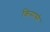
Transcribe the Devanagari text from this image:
किमासी